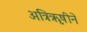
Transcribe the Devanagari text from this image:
अत्रिॠषीनें